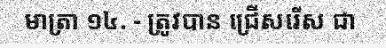
មាត្រា ១៤. - ត្រូវបាន ជ្រើសរើស ជា